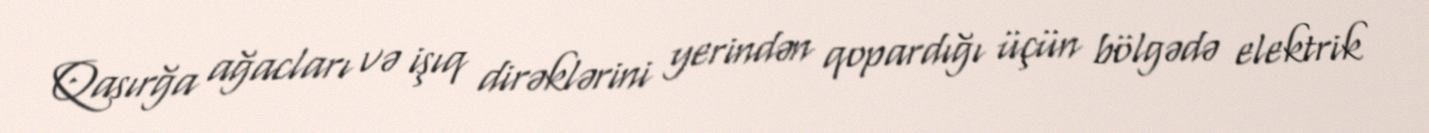
Qasırğa ağacları və işıq dirəklərini yerindən qopardığı üçün bölgədə elektrik